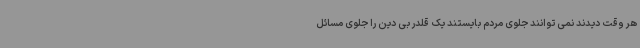
هر وقت دیدند نمی توانند جلوی مردم بایستند یک قلدر بی دین را جلوی مسائل